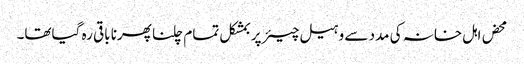
محض اہل خانہ کی مدد سے وہیل چیئر پر بمشکل تمام چلنا پھرنا باقی رہ گیاتھا۔